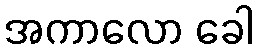
အကာလော ခေါ